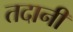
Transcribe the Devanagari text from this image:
तदानीं